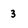
Character: 3